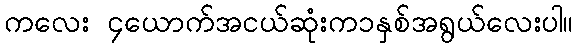
ကလေး ၄ယောက်အငယ်ဆုံးက၁နှစ်အရွယ်လေးပါ။